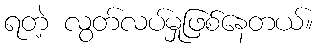
ရတဲ့ လွတ်လပ်မှုဖြစ်နေတယ်။